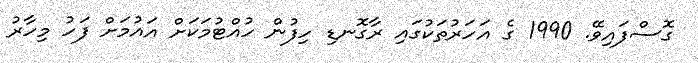
ގޮސްފައިވޭ. 1990 ގެ އަހަރުތަކުގައި ރާގޮނޑި ހިފުން ހުއްޓުމަކަށް އައުމަށް ފަހު މިހާރު